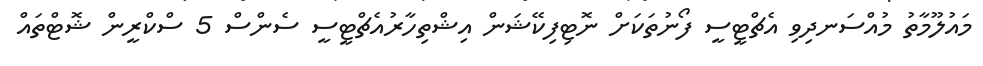
މައުލޫމާތު މުއްސަނދިވި އެޗްޓީސީ ފޯނުތަކަށް ނޮޓިފިކޭޝަން އިޝްތިހާރުއެޗްޓީސީ ސެންސް 5 ސްކްރީން ޝޮޓްތައް